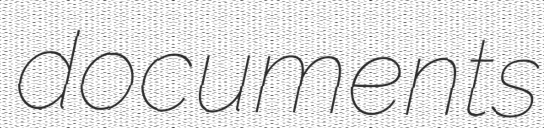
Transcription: documents